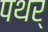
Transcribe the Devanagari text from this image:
पथर्